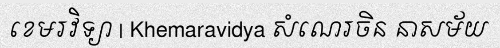
ខេមរវិទ្យា | Khemaravidya សំណេរចិន នាសម័យ